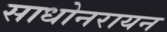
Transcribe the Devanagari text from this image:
साधोनरायन